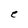
Character: e